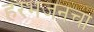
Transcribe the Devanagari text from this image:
हरभजनचा